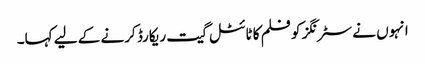
انہوں نے سٹرنگز کو فلم کا ٹائٹل گیت ریکارڈ کرنے کے لیے کہا۔